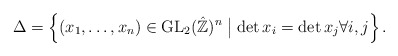
\begin{align*}\Delta=\left\{ (x_1,\ldots,x_n) \in \operatorname{GL}_2(\hat{\mathbb{Z}})^n \bigm\vert \det x_i = \det x_j \forall i,j \right\}.\end{align*}